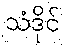
သံဒိုင်